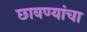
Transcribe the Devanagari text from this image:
छावण्यांचा